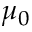
\mu _ { 0 }